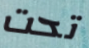
تحت